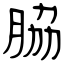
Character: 脇